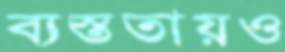
ব্যস্ততায়ও